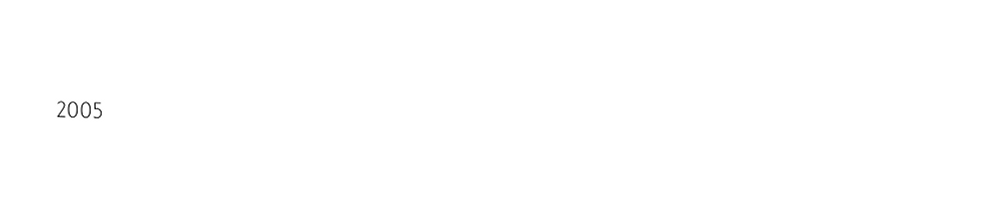

2005